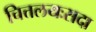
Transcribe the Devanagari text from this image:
चित्तलयःसदा